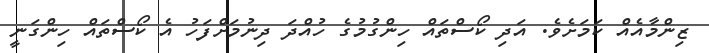
ޒިންމާއެއް ކަމަށެވެ. އަދި ކޯސްތައް ހިންގުމުގެ ހުއްދަ ދިނުމަށްފަހު އެ ކޯސްތައް ހިންގަނީ